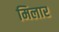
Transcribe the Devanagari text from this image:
मिलार